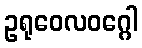
ဥရုဝေလဝဂ္ဂေါ